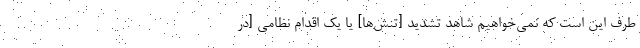
طرف این است که نمی‌خواهیم شاهد تشدید [تنش‌ها] یا یک اقدام نظامی [در